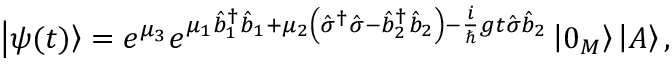
\left\vert \psi ( t ) \right\rangle = e ^ { \mu _ { 3 } } e ^ { \mu _ { 1 } \hat { b } _ { 1 } ^ { \dagger } \hat { b } _ { 1 } + \mu _ { 2 } \left( \hat { \sigma } ^ { \dagger } \hat { \sigma } - \hat { b } _ { 2 } ^ { \dagger } \hat { b } _ { 2 } \right) - \frac { i } { \hslash } g t \hat { \sigma } \hat { b } _ { 2 } } \left\vert 0 _ { M } \right\rangle \left\vert A \right\rangle ,